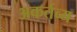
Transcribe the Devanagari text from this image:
अकर्तव्य